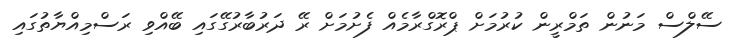
ސޭލްސް މަނުން ތަމްރީން ކުރުމަށް ޕްރޮގްރާމެއް ފެށުމަށް ރޭ ދަރުބާރުގޭގައި ބޭއްވި ރަސްމިއްޔާތުގައި